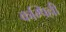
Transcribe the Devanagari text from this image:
कम्पिल्ली